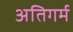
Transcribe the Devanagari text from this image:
अतिगर्म